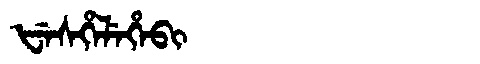
Manchu: ᡶᡝᠰᡥᡝᠯᡝᡥᡝᠪᡳ
Romanization: FESHELEHEBI